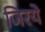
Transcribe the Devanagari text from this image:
जिरये